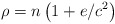
\begin{align*}\rho=n\left( 1+e/c^{2}\right) \end{align*}